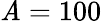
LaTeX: \mathit{A}=100